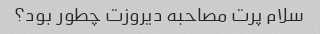
سلام پرت مصاحبه دیروزت چطور بود؟